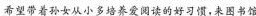
希望带着孙女从小多培养爱阅读的好习惯，来图书馆